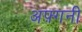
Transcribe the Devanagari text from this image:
अफ़्गनी